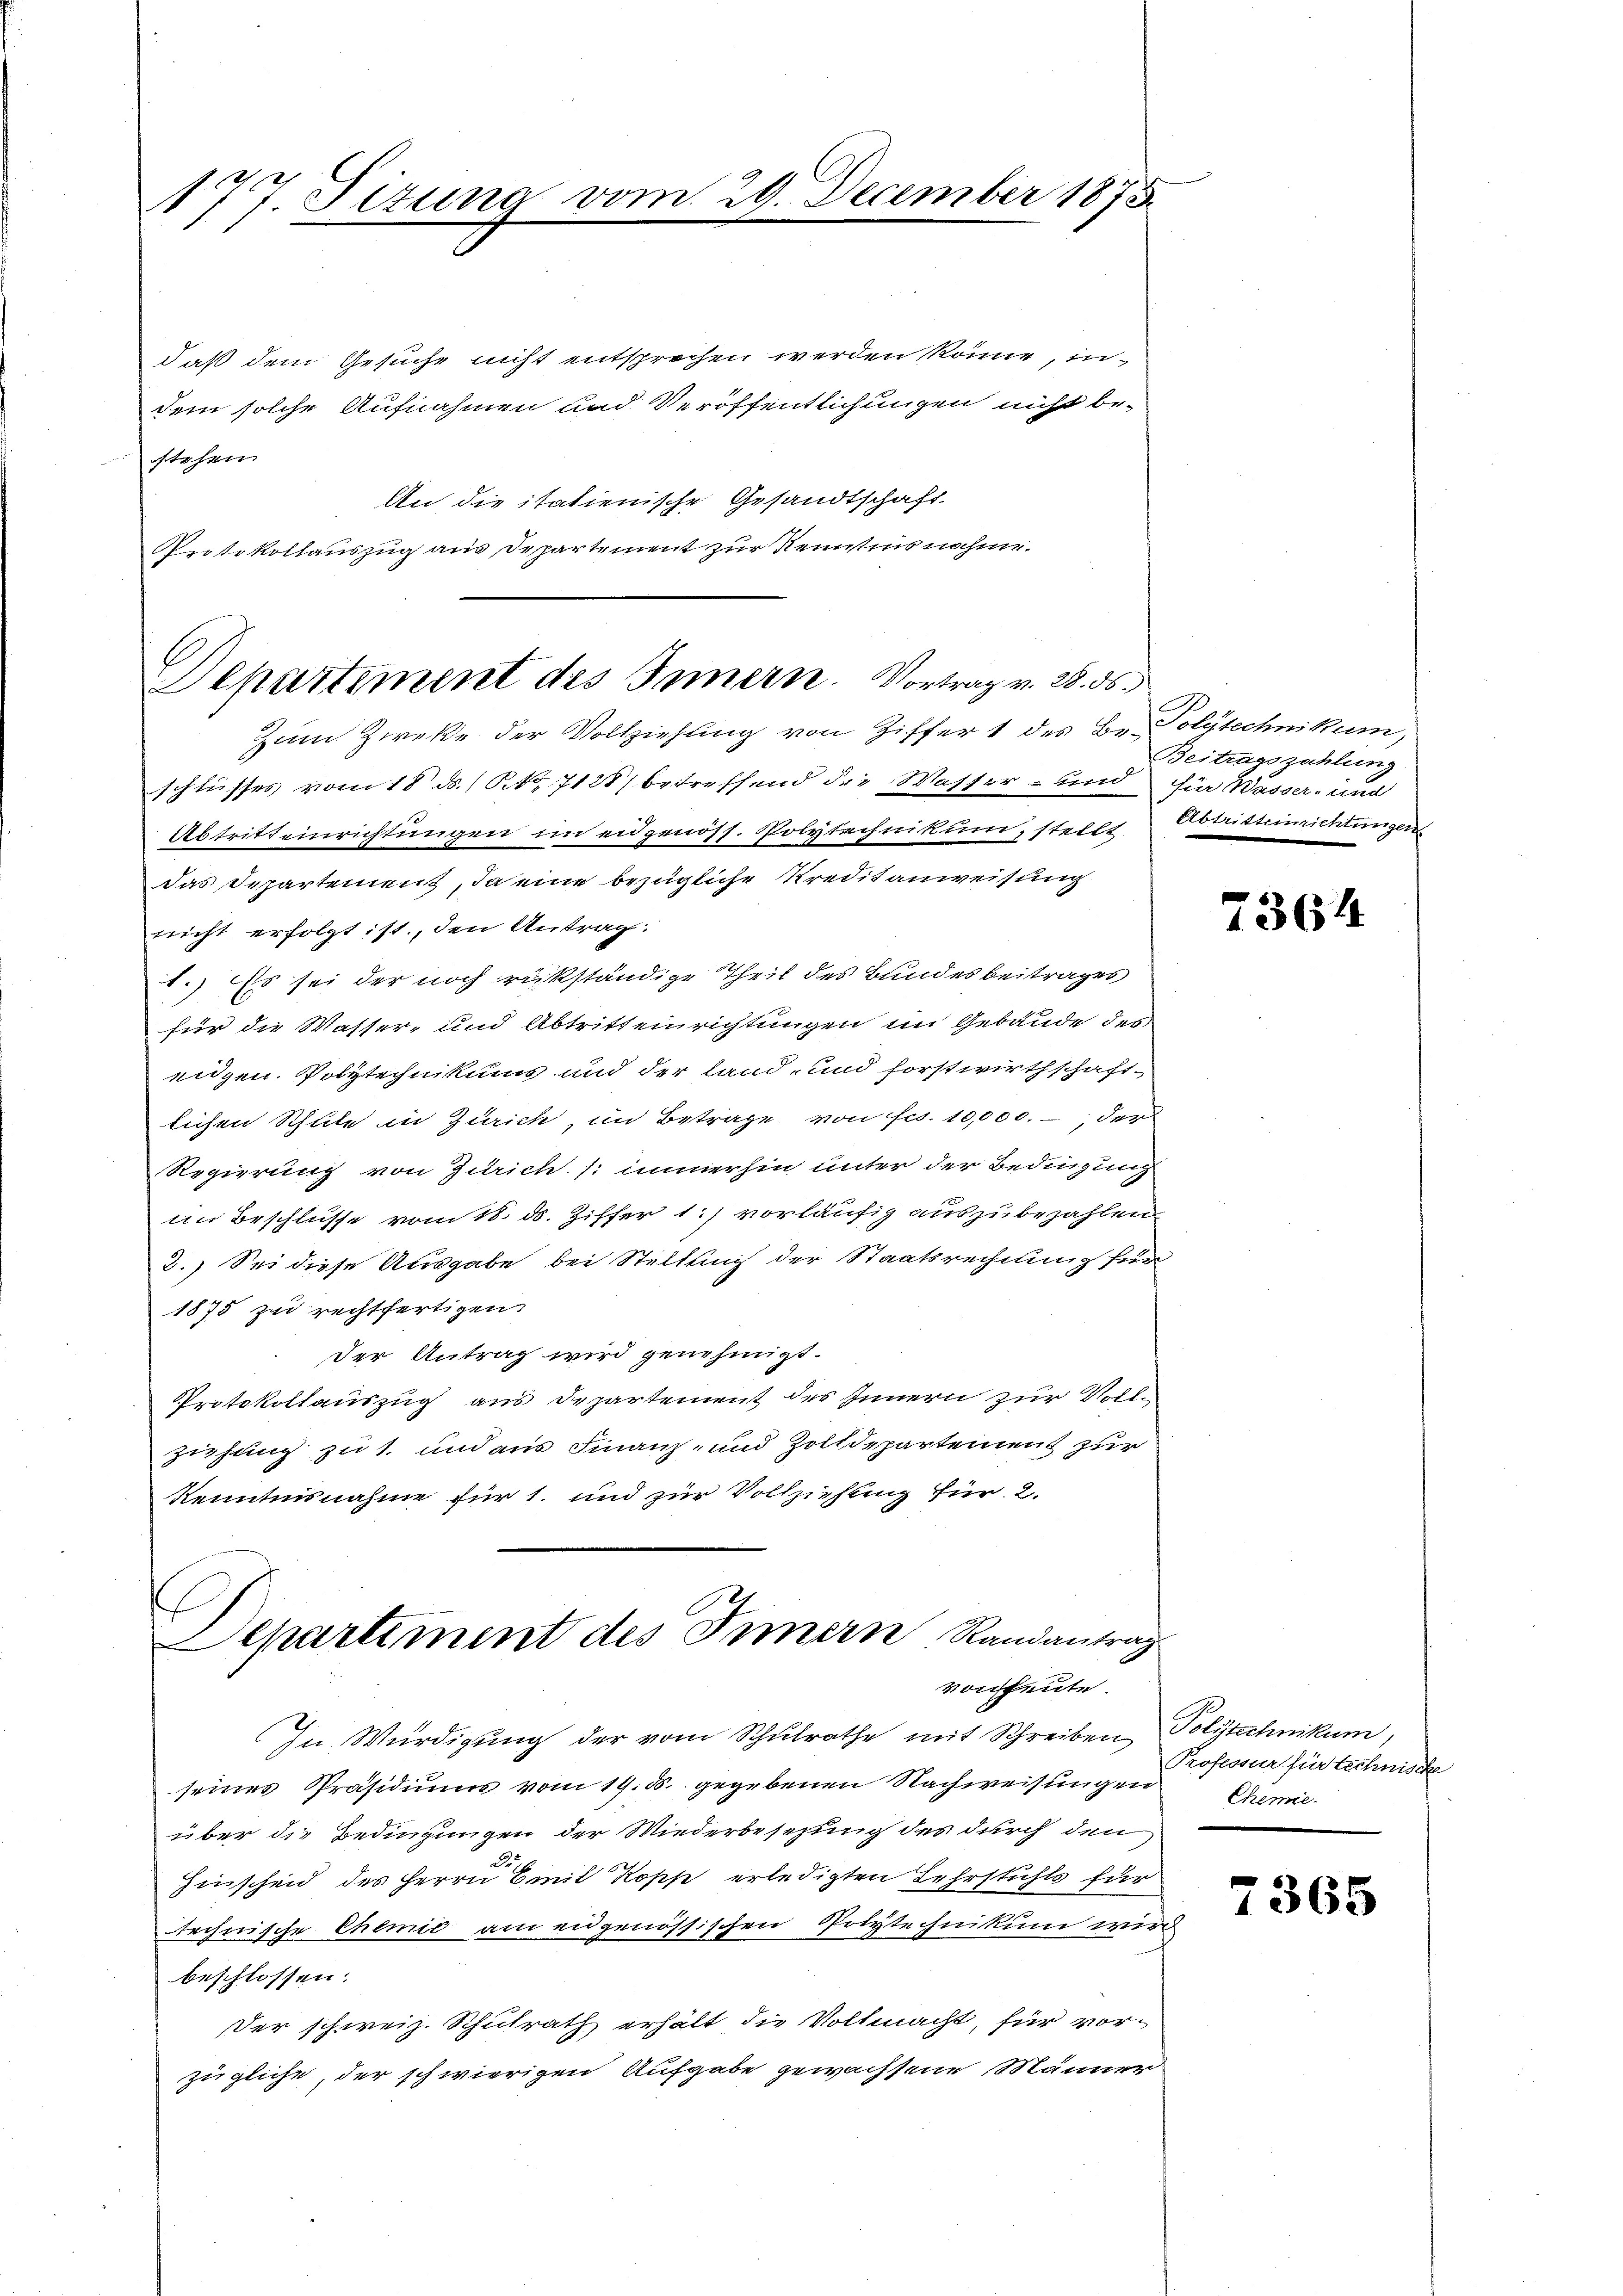
17. Sizung vom 29. December 1873
1.

daß dem Gesuche nicht entsprochen werden könne, in
dem solche Aufnahmen und Veröffentlichungen nicht bestehen
An die italienische Gesandtschaft
Protokollauszug aus Departement zur Kenntens nahme.
schlusses vom 18. d. 1 S. 7128) betreffend die Wasser- und für Wasser- und
Abtritteinrichtungen im eidgenöss. Polytechnikum, steils Forsteinrichtungen
das Departemens, da eine bezügliche Kreditanweisung
nicht erfolgt ist, den Antrag:
1.) Es sei der noch rückständige Theil des Bundesbeitrages
für die Wasser- und Abtritteirichtungen im Gebäude des
eidgen. Polytechnikums und der land- und forstwirthschaftlichen Schule in Zürich, im Betrage von frs. 10,000.-, der
Regierung von Zürich /: immerhin unter der Bedingung
im Beschlusse vom 18. ds. Ziffer 1.) vorläufig auszubezahlen
2.) Sei diese Ausgabe bei Stellung der Staatsrechnung für
1875 zu rechtfertigen
der Antrag wird genehmigt.
Protokollauszug aus Departement des Innern zur Vollziehung zu 1. und aus Finanz- und Zolldepartement zur
Kenntnisnahme für 1. und zur Vollziehung für 2.
Departement des Innern Randantrag
vonheute.
In Würdigung der vom Schulrathe mit Schreiben, Polytechnikum,
seines Präsidiums vom 19. d. gegebenen Nachweisungen
über die Bedingungen der Wiederbesezung des durch den
De
Einscheid des Herrn Emil Kopp erledigten Lehrstuhls für
rechnische Chemie am eidgenössischen Polytechnikum wird
beschlossen:
Der schweiz. Schulrath erhält die Vollmacht, für vorzügliche, der schwierigen Aufgabe gewachsene Männer

Departement des Innern. Vortrag v. 28. ds.
Zum Zweke der Vollziehung von Ziffer 1 des Be- Polytechnikum,

Beitragszahlung

7364

Professur für technische
Chemie.

7365